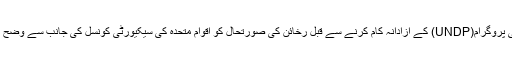
اقوام متحدہ کے اعلٰی کمشنر برائے مہاجرین(UNHCR) اور اقوامِ متحدہ کے ترقیاتی پروگرام(UNDP) کے آزادانہ کام کرنے سے قبل رخائن کی صورتحال کو اقوامِ متحدہ کی سیکیورٹی کونسل کی جانب سے وضح کردہ محفوظ، رضاکارانہ اور باعزت زندگی کی واپسی کے قابل نہیں سمجھا جاسکتا۔